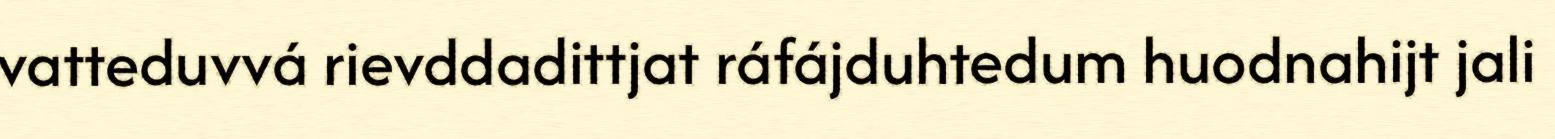
vatteduvvá rievddadittjat ráfájduhtedum huodnahijt jali